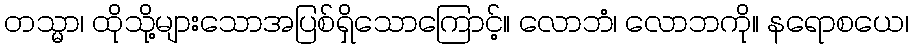
တသ္မာ၊ ထိုသို့များသောအပြစ်ရှိသောကြောင့်။ လောဘံ၊ လောဘကို။ နရောစယေ၊